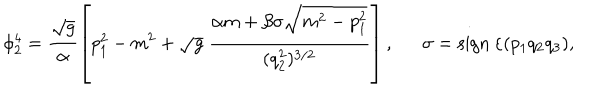
LaTeX: \phi _ { 2 } ^ { 4 } = \frac { \sqrt { g } } { \alpha } \left[ p _ { 1 } ^ { 2 } - m ^ { 2 } + \sqrt { g } ~ \frac { \alpha m + \beta \sigma \sqrt { m ^ { 2 } - p _ { 1 } ^ { 2 } } } { ( q _ { 2 } ^ { 2 } ) ^ { 3 / 2 } } \right] , \sigma = \mathrm { s i g n } ~ \varepsilon ( p _ { 1 } q _ { 2 } q _ { 3 } ) ,